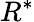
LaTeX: R^{*}